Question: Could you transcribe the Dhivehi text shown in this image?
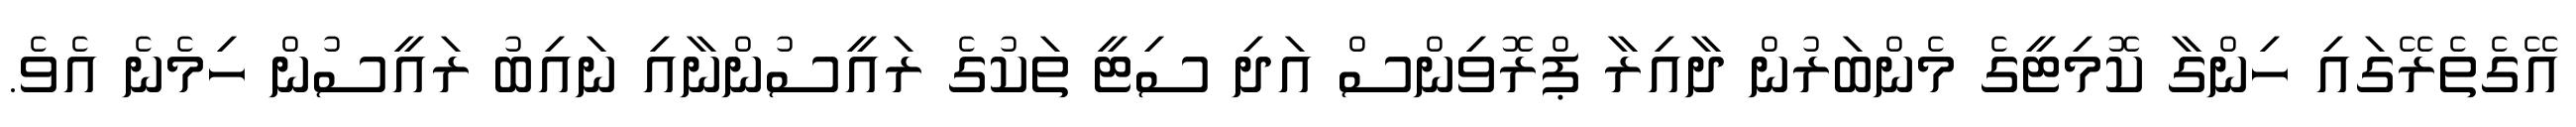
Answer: އޭގެތެރޭގައި ހިންގާ ކޮމިޓީގެ މެންބަރުން ދާއިރާ ޕްރޮވިންސް އަދި ސިޓީ ތަކުގެ ރައީސުންނާއި ނައިބު ރައީސުން ހިމެނެ އެވެ.